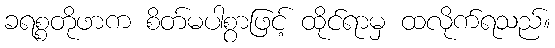
ခရစ္စတိုဖာက စိတ်မပါစွာဖြင့် ထိုင်ရာမှ ထလိုက်ရသည်။